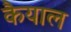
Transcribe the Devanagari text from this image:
कैयाल